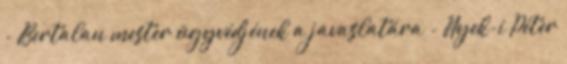
- Bertalan mester ügyvédjének a javaslatára - Nyek-i Péter